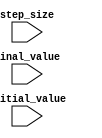
module incremental_for_loop (
    input [7:0] initial_value,
    input [7:0] final_value,
    input [7:0] step_size
    );

    reg [7:0] current_value;

    always @ (posedge clk or negedge rst) begin
        if (!rst) begin
            current_value <= 8'd0;
        end else begin
            if (current_value < final_value) begin
                current_value <= current_value + step_size;
            end
        end
    end

endmodule